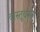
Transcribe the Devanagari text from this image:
वास्तूवरून